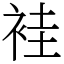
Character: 袿